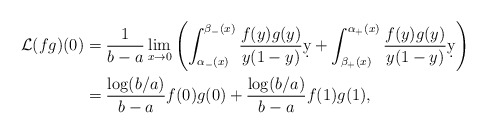
\begin{align*} \mathcal L (fg)(0) &= \frac{1}{b-a}\lim_{x\to 0} \left(\int_{\alpha_-(x)}^{\beta_-(x)} \frac{f(y)g(y)}{ y(1-y)} \d y + \int_{\beta_+(x)}^{\alpha_+(x)} \frac{f(y)g(y)}{ y(1-y)} \d y \right) \\ &= \frac{\log(b/a)}{b-a}f(0)g(0) + \frac{\log(b/a)}{b-a}f(1)g(1), \end{align*}